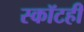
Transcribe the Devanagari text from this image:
स्कॉटही